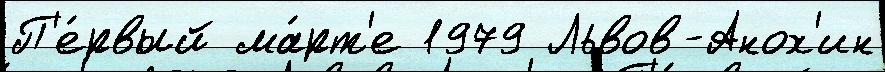
П'е́рвый ма́рт'е 1979 Львов-Анох'ин